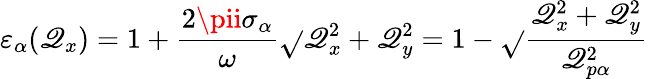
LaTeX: {{\varepsilon}_{\alpha}}({{\mathscr{Q}}_{x}})=1+\frac{{2\pii{{\sigma}_{\alpha}}}}{{\omega}}\sqrt{}{{\mathscr{Q}_{x}^{2}+\mathscr{Q}_{y}^{2}}}=1-\sqrt{}{{\frac{{\mathscr{Q}_{x}^{2}+\mathscr{Q}_{y}^{2}}}{{\mathscr{Q}_{p\alpha}^{2}}}}}